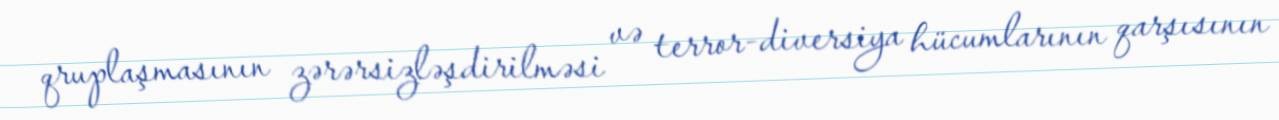
qruplaşmasının zərərsizləşdirilməsi və terror-diversiya hücumlarının qarşısının